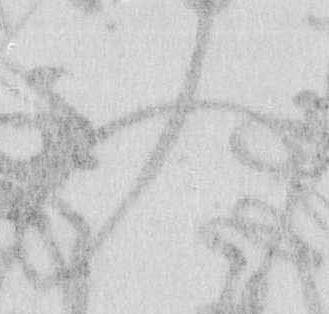
入